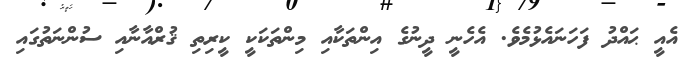
އެއީ ޙައްދު ފަހަނައެޅުމެވެ. އެހެނީ ދީނުގެ އިންތަކާއި މިންތަކަކީ ކީރިތި ޤުރްއާނާއި ސުންނަތުގައި